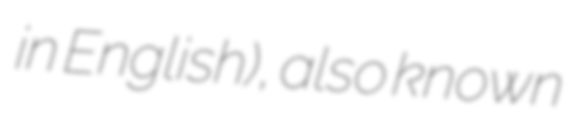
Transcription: in English), also known